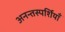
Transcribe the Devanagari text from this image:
अनन्तस्पर्शियाँ